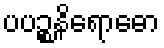
ပပဉ္စနိရောဓော